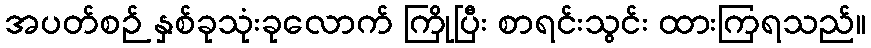
အပတ်စဉ် နှစ်ခုသုံးခုလောက် ကြိုပြီး စာရင်းသွင်း ထားကြရသည်။